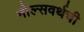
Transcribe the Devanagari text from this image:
मोल्सवर्थची